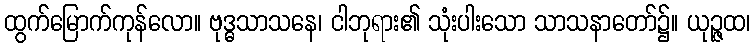
ထွက်မြောက်ကုန်လော။ ဗုဒ္ဓသာသနေ၊ ငါဘုရား၏ သုံးပါးသော သာသနာတော်၌။ ယုဉ္ဇထ၊